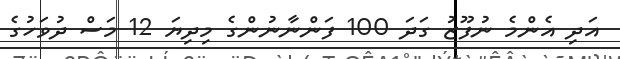
އަދި އެންމެ ނުފޫޒު ގަދަ 100 ފަންނާނުންގެ މިދިޔަ 12 މަސް ދުވަހުގެ